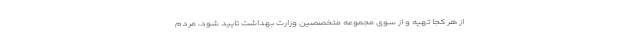
از هر کجا تهیه و از سوی مجموعه متخصصین وزارت بهداشت تایید شود، مردم